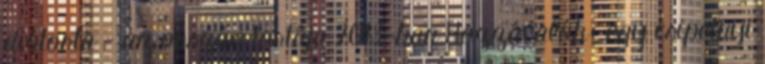
diótorta - az ország tortája 2013-ban Hozzávalók: egy csipetnyi